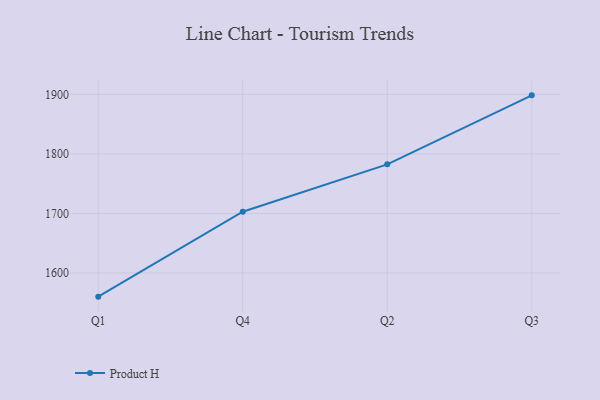
{"axis": {"x": "Quarter", "y": "Shipments"}, "legend": ["Product H"], "data": [{"x": "Q1", "y": 1560.2, "type": "Product H"}, {"x": "Q4", "y": 1702.9, "type": "Product H"}, {"x": "Q2", "y": 1782.5, "type": "Product H"}, {"x": "Q3", "y": 1898.4, "type": "Product H"}]}